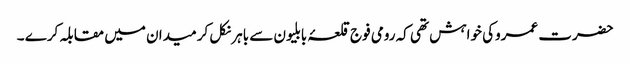
حضرت عمروکی خواہش تھی کہ رومی فوج قلعۂ بابلیون سے باہر نکل کر میدان میں مقابلہ کرے ۔